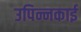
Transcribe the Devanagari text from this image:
उपिन्नकाई